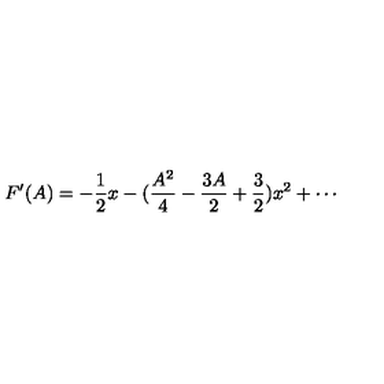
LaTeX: F ^ { \prime } ( A ) = - \frac { 1 } { 2 } x - ( \frac { A ^ { 2 } } { 4 } - \frac { 3 A } { 2 } + \frac { 3 } { 2 } ) x ^ { 2 } + \cdots